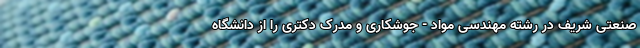
صنعتی شریف در رشته مهندسی مواد - جوشکاری و مدرک دکتری را از دانشگاه